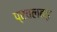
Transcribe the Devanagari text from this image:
प्रचलबढ़